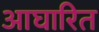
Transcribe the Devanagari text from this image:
आघारित